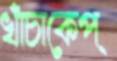
খাঁচাকেপ্